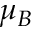
\mu _ { B }